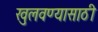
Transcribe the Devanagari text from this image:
खुलवण्यासाठी